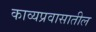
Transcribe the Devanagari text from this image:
काव्यप्रवासातील